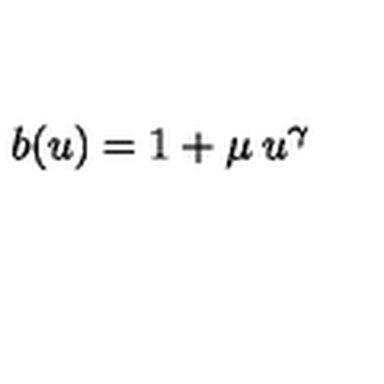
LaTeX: b ( u ) = 1 + \mu \: u ^ { \gamma }